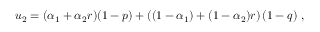
u _ { 2 } = ( \alpha _ { 1 } + \alpha _ { 2 } r ) ( 1 - p ) + \left( ( 1 - \alpha _ { 1 } ) + ( 1 - \alpha _ { 2 } ) r \right) ( 1 - q ) \; ,